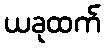
ယခုထက်